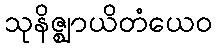
သုနိဇ္ဈာယိတံယေဝ